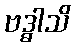
ဗဒ္ဓါသိ